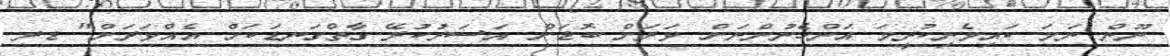
ނޫން ނަމަ ކައިވެނިކުރީމަ އަންހެނުންނަށް ވަރަށް ބޮޑަށް އަސަރުކުރޭ ގާތްގަނޑަކަށް އެއްވަރަށް" ޑރ.